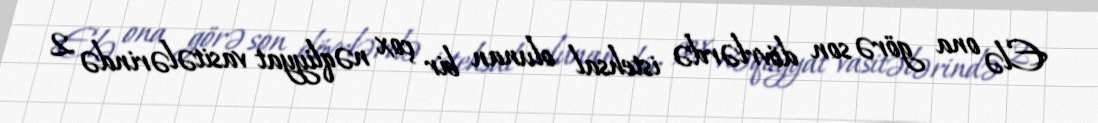
Elə ona görə son dövrlərdə istehsal olunan bir çox nəqliyyat vasitələrində 2